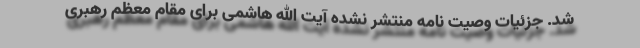
شد. جزئیات وصیت نامه منتشر نشده آیت الله هاشمی برای مقام معظم رهبری